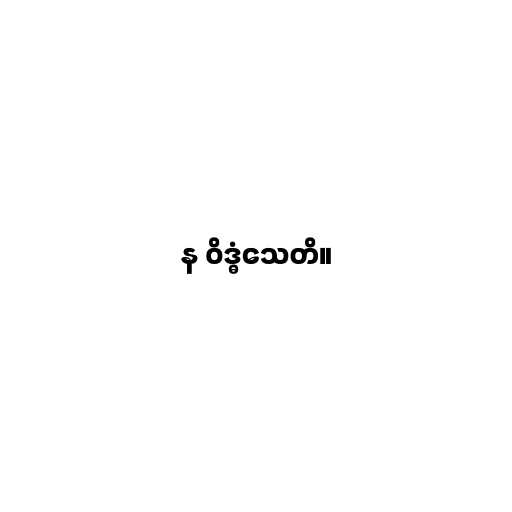
န ဝိဒ္ဓံသေတိ။